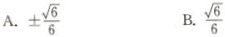
A. ±\frac{\sqrt{6}}{6} B. \frac{\sqrt{6}}{6}